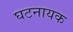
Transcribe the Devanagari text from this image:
घटनायक